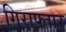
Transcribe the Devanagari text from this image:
गिराफ्तार